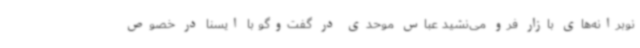
نوبرانه‌های بازار فرو می‌نشید عباس موحدی در گفت‌وگو با ایسنا در خصوص